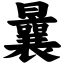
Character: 曩